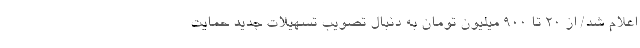
اعلام شد/ از 20 تا 900 میلیون تومان به دنبال تصویب تسهیلات جدید حمایت